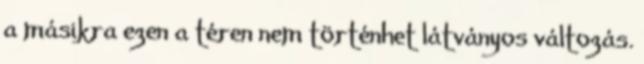
a másikra ezen a téren nem történhet látványos változás.